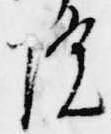
院